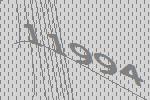
11994